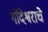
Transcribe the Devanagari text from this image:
गोंदेश्वराचे